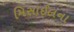
મિસાઈલના